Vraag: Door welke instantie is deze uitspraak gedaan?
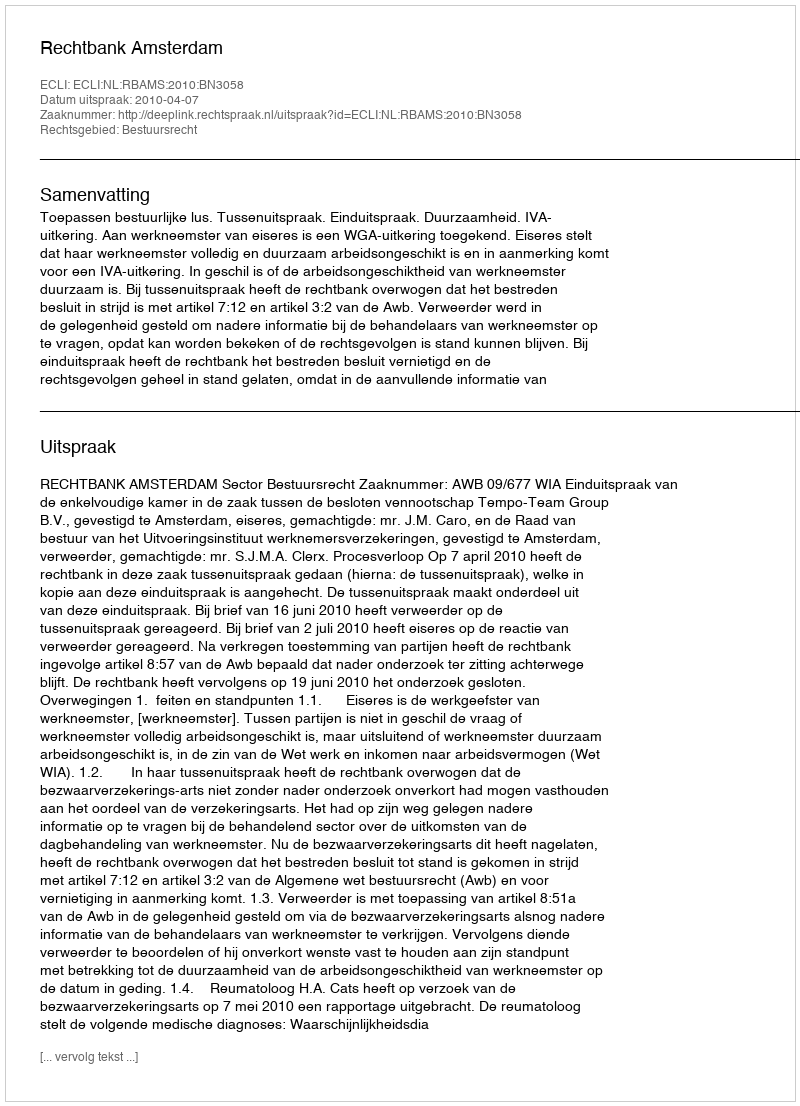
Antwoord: Rechtbank Amsterdam